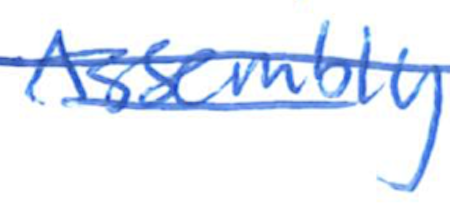
Text: Assembly
Cross-out: double-line
Writing tool: ballpoint